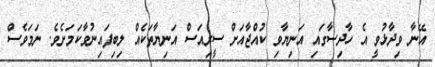
އޭނާ ވިދާޅުވީ އެ ހާދިސާގައި އަނިޔާވި ކުއްޖާއަށް ސީރިއަސް އަނިޔާތަކެއް ލިބިފައިނުވާކަމަށެވެ. ނަމަވެސް